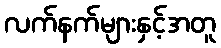
လက်နက်များနှင့်အတူ